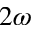
2 \omega